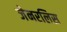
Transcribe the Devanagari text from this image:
जेनरलिस